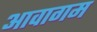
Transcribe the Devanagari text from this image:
आवागम